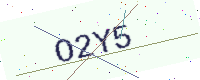
Text: O2Y5